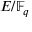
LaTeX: E / \mathbb { F } _ { q }